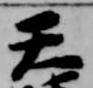
天